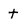
Character: t